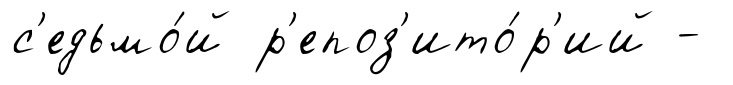
с'едьмо́й р'епоз'ито́р'ий -